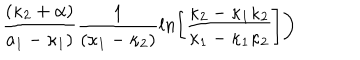
{ \frac { ( \kappa _ { 2 } + \alpha ) } { a _ { 1 } - \kappa _ { 1 } ) } } { \frac { 1 } { ( \kappa _ { 1 } - \kappa _ { 2 } ) } } l n \biggl [ { \frac { \kappa _ { 2 } - \kappa _ { 1 } \kappa _ { 2 } } { \kappa _ { 1 } - \kappa _ { 1 } \kappa _ { 2 } } } \biggr ] \biggr )